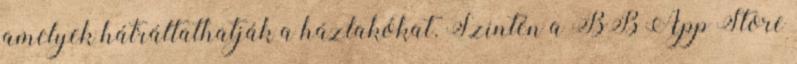
amelyek hátráltathatják a házlakókat. Szintén a BB App Store